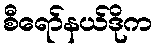
စီရော်နယ်ဒိုက